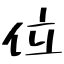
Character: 位